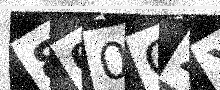
Text: 800CZX